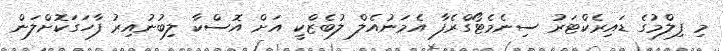
މި ފިލްމުގެ ޑައިރެކްޓަރު ސިނެމެޓޯގްރެފާ އެމަނުއެލް ލުބެޒްކީ އަށް އޮސްކާ ލިބުނުއިރު ފާހަގަކޮށްލަން